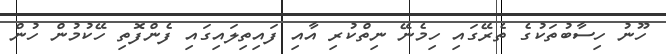
ހޫނު ހިސާބުތަކުގެ ތެރޭގައި ހިމެނޭ ނިތްކުރި އާއި ފައިތިލައިގައި ފެންފޮތި ހޭކުމުން ހުން